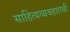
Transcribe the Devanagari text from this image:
साहित्यव्यवहाराची